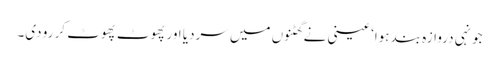
جونہی دروازہ بند ہوا‘ عینی نے گھٹنوں میں سردیا اور پھوٹ پھوٹ کر رو دی۔